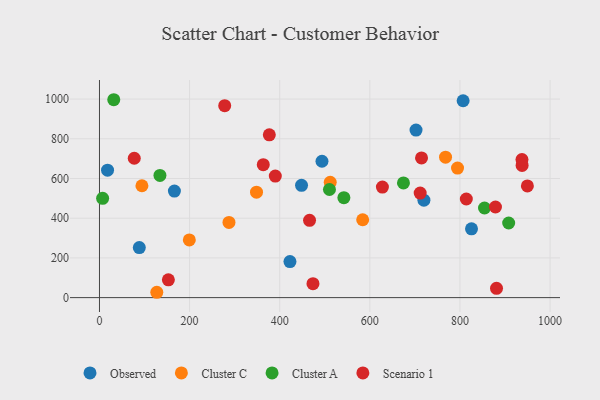
{"axis": {"x": "Ad Spend", "y": "Salary"}, "legend": ["Cluster A", "Cluster C", "Observed", "Scenario 1"], "data": [{"x": "825.6", "y": 346.5, "type": "Observed"}, {"x": "702.5", "y": 843.9, "type": "Observed"}, {"x": "448.4", "y": 565.8, "type": "Observed"}, {"x": "720.0", "y": 490.6, "type": "Observed"}, {"x": "422.7", "y": 181.4, "type": "Observed"}, {"x": "88.4", "y": 251.8, "type": "Observed"}, {"x": "166.3", "y": 536.5, "type": "Observed"}, {"x": "17.9", "y": 641.8, "type": "Observed"}, {"x": "807.0", "y": 991.5, "type": "Observed"}, {"x": "493.8", "y": 686.9, "type": "Observed"}, {"x": "512.1", "y": 580.8, "type": "Cluster C"}, {"x": "794.6", "y": 652.4, "type": "Cluster C"}, {"x": "287.4", "y": 378.8, "type": "Cluster C"}, {"x": "348.5", "y": 531.1, "type": "Cluster C"}, {"x": "94.2", "y": 563.5, "type": "Cluster C"}, {"x": "584.1", "y": 392.2, "type": "Cluster C"}, {"x": "199.4", "y": 290.5, "type": "Cluster C"}, {"x": "127.2", "y": 26.9, "type": "Cluster C"}, {"x": "768.0", "y": 707.4, "type": "Cluster C"}, {"x": "7.0", "y": 499.9, "type": "Cluster A"}, {"x": "674.6", "y": 577.8, "type": "Cluster A"}, {"x": "908.1", "y": 375.7, "type": "Cluster A"}, {"x": "542.4", "y": 503.6, "type": "Cluster A"}, {"x": "134.2", "y": 615.4, "type": "Cluster A"}, {"x": "31.7", "y": 996.7, "type": "Cluster A"}, {"x": "854.5", "y": 451.3, "type": "Cluster A"}, {"x": "510.4", "y": 544.6, "type": "Cluster A"}, {"x": "363.5", "y": 669.4, "type": "Scenario 1"}, {"x": "627.9", "y": 556.5, "type": "Scenario 1"}, {"x": "277.9", "y": 966.9, "type": "Scenario 1"}, {"x": "881.1", "y": 46.8, "type": "Scenario 1"}, {"x": "77.2", "y": 701.9, "type": "Scenario 1"}, {"x": "814.1", "y": 496.8, "type": "Scenario 1"}, {"x": "376.9", "y": 820.1, "type": "Scenario 1"}, {"x": "711.7", "y": 526.5, "type": "Scenario 1"}, {"x": "949.6", "y": 562.7, "type": "Scenario 1"}, {"x": "152.9", "y": 89.5, "type": "Scenario 1"}, {"x": "937.9", "y": 666.0, "type": "Scenario 1"}, {"x": "473.8", "y": 70.0, "type": "Scenario 1"}, {"x": "390.2", "y": 612.4, "type": "Scenario 1"}, {"x": "466.2", "y": 389.1, "type": "Scenario 1"}, {"x": "937.6", "y": 695.3, "type": "Scenario 1"}, {"x": "878.8", "y": 456.5, "type": "Scenario 1"}, {"x": "714.7", "y": 703.4, "type": "Scenario 1"}]}